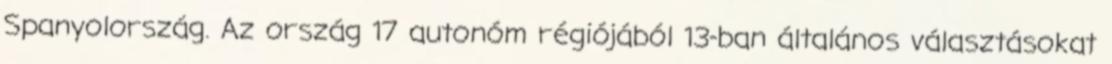
Spanyolország. Az ország 17 autonóm régiójából 13-ban általános választásokat